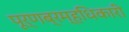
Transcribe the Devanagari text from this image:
पूर्णब्रम्हधिकारी